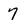
Character: 7